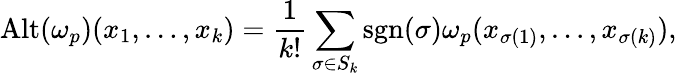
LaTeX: \operatorname{Alt}(\omega_{p})(x_{1},\dots,x_{k})={\frac{1}{k!}}\sum_{\sigma\in S_{k}}\operatorname{sgn}(\sigma)\omega_{p}(x_{\sigma(1)},\dots,x_{\sigma(k)}),